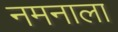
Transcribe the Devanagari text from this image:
नमनाला